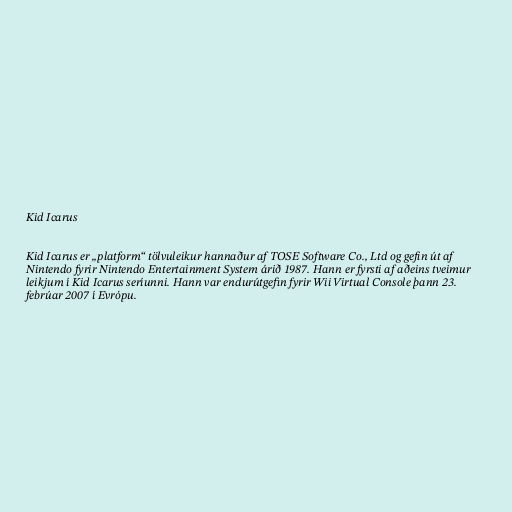
Kid Icarus

Kid Icarus er „platform“ tölvuleikur hannaður af TOSE Software Co., Ltd og gefin út af
Nintendo fyrir Nintendo Entertainment System árið 1987. Hann er fyrsti af aðeins tveimur
leikjum í Kid Icarus seríunni. Hann var endurútgefin fyrir Wii Virtual Console þann 23.
febrúar 2007 í Evrópu.